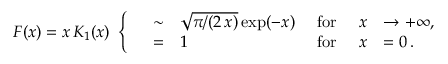
F ( x ) = x \, K _ { 1 } ( x ) \ \left\{ \begin{array} { l c l l c l l } { { } } & { { \sim } } & { { \sqrt { \pi / ( 2 \, x ) } \exp ( - x ) } } & { { \mathrm { \ f o r \ } } } & { { x } } & { { \rightarrow + \infty , \nonumber } } \\ { { } } & { { = } } & { { 1 } } & { { \mathrm { \ f o r \ } } } & { { x } } & { { = 0 \, . \nonumber } } \end{array} \right.